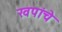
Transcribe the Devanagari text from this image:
खपांचे